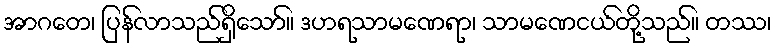
အာဂတေ၊ ပြန်လာသည်ရှိသော်။ ဒဟရသာမဏေရာ၊ သာမဏေငယ်တို့သည်။ တဿ၊